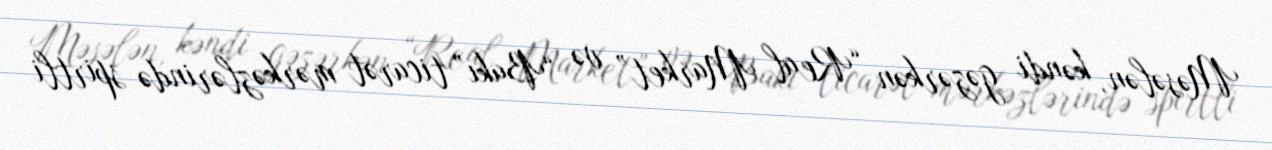
Məsələn, kəndi gəzərkən “Real Market” və “Bakı” ticarət mərkəzlərində spirtli